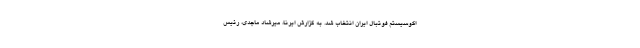
اکوسیستم فوتبال ایران انتخاب شد. به گزارش ایرنا، میرشاد ماجدی، رئیس